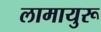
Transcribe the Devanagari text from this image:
लामायुरू